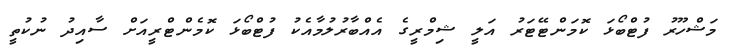
މަޝްހޫރު ފުޓްބޯޅަ ކޮމަންޓޭޓަރު އަލީ ޝިމްރީގެ އެއްބާރުލުމާއެކު ފުޓްބޯޅަ ކޮމެންޓްރީއަށް ސާއިދު ނުކުތީ